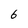
Character: 6